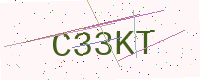
Text: C33KT